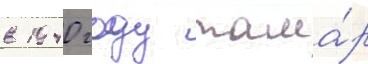
в 1940 году тама́р